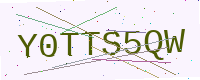
Text: Y0TTS5QW